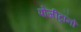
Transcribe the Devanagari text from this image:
पोजीट्रॉनों